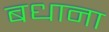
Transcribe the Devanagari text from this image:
बधाना